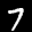
Label: 7